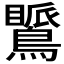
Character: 𪅚